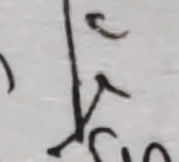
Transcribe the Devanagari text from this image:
र्ट